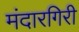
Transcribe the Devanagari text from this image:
मंदारगिरी